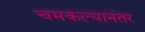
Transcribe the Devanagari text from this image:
चमकल्यानंतर